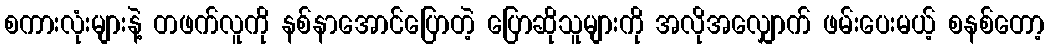
စကားလုံးများနဲ့ တဖက်လူကို နစ်နာအောင်ပြောတဲ့ ပြောဆိုသူများကို အလိုအလျှောက် ဖမ်းပေးမယ့် စနစ်တော့